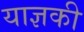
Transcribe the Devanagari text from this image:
याज्ञकी